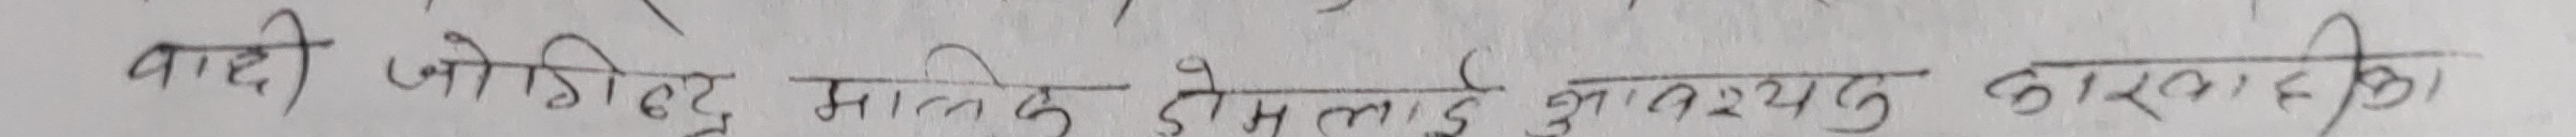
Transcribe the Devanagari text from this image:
वादी जोगिन्द्र मालिक डोमलाई मुख्यतु कारककाति